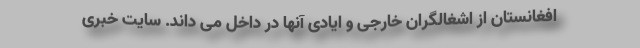
افغانستان از اشغالگران خارجی و ایادی آنها در داخل می داند. سایت خبری